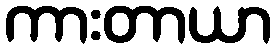
ကားတာယာ